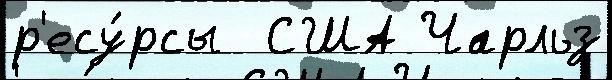
р'есу́рсы  США Чарльз